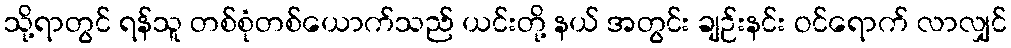
သို့ရာတွင် ရန်သူ တစ်စုံတစ်ယောက်သည် ယင်းတို့ နယ် အတွင်း ချဉ်းနင်း ဝင်ရောက် လာလျှင်